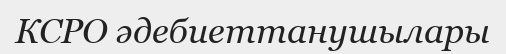
КСРО әдебиеттанушылары